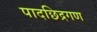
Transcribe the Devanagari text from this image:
पादछिद्रगण